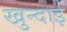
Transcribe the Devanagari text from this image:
खुन्दाई